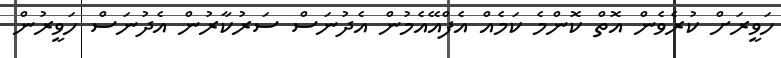
ހަވީރަށް ކުރެވެން އޮތް ކޮންމެ ކަމެއް އެފްއޭއެމުން އެދުނަސް ސަރުކާރުން އެދުނަސް ހަވީރުން